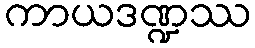
ကာယဒဏ္ဍဿ